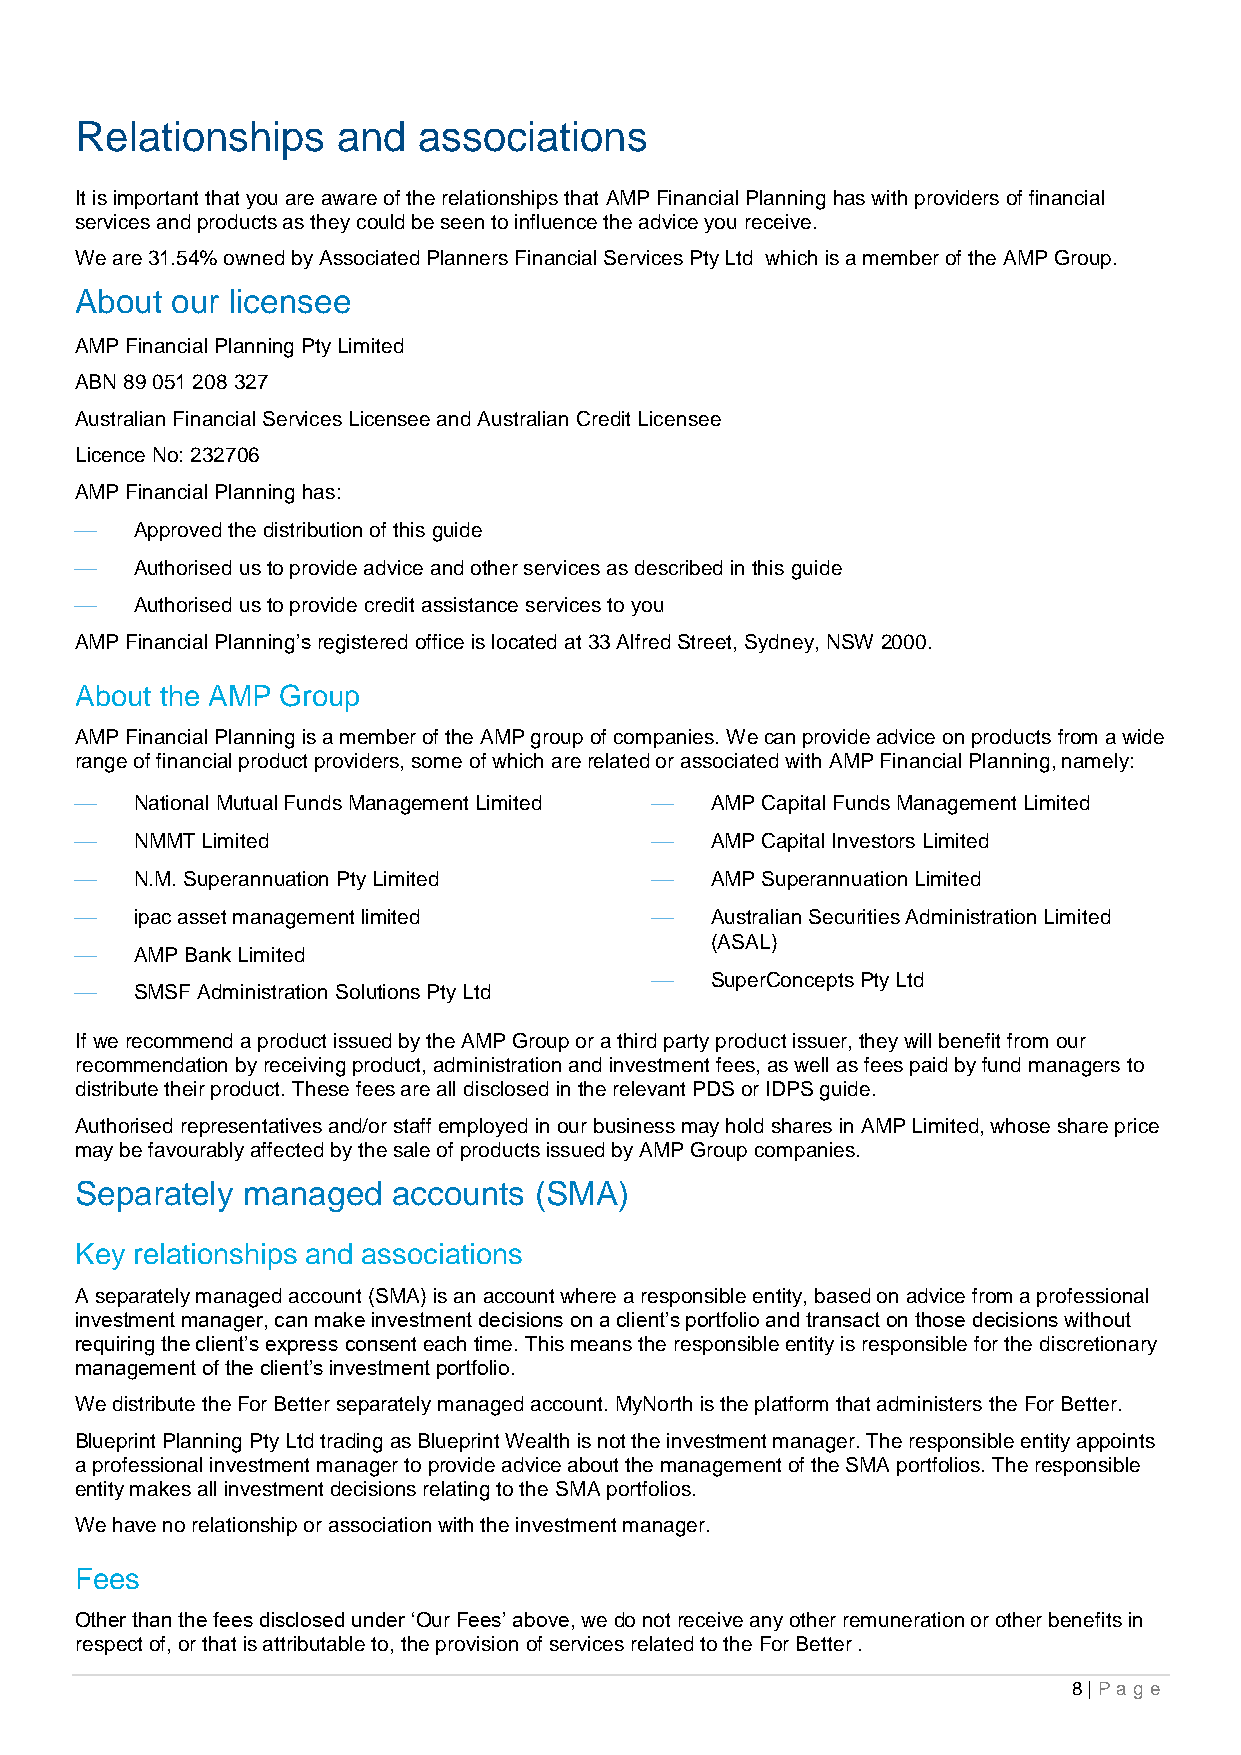
Relationships    and   associations
 It is important that you are aware of the relationships that AMP Financial Planning has with providers of financial
 services and products as they could be seen to influence the advice you receive.
 We are 31.54% owned by Associated Planners Financial Services Pty Ltd which is a member of the AMP Group.
 About our licensee
 AMP Financial Planning Pty Limited
 ABN 89 051 208 327
 Australian Financial Services Licensee and Australian Credit Licensee
 Licence No: 232706
 AMP Financial Planning has:
    Approved the distribution of this guide
    Authorised us to provide advice and other services as described in this guide
    Authorised us to provide credit assistance services to you
 AMP Financial Planning’s registered office is located at 33 Alfred Street, Sydney, NSW 2000.
 About the AMP Group
 AMP Financial Planning is a member of the AMP group of companies. We can provide advice on products from a wide
 range of financial product providers, some of which are related or associated with AMP Financial Planning, namely:
    National Mutual Funds Management Limited  AMP Capital Funds Management Limited
    NMMT Limited                         AMP Capital Investors Limited
    N.M. Superannuation Pty Limited      AMP Superannuation Limited
    ipac asset management limited        Australian Securities Administration Limited
 (ASAL)
    AMP Bank Limited
    SuperConcepts Pty Ltd
    SMSF Administration Solutions Pty Ltd
 If we recommend a product issued by the AMP Group or a third party product issuer, they will benefit from our
 recommendation by receiving product, administration and investment fees, as well as fees paid by fund managers to
 distribute their product. These fees are all disclosed in the relevant PDS or IDPS guide.
 Authorised representatives and/or staff employed in our business may hold shares in AMP Limited, whose share price
 may be favourably affected by the sale of products issued by AMP Group companies.
 Separately managed   accounts (SMA)
 Key relationships and associations
 A separately managed account (SMA) is an account where a responsible entity, based on advice from a professional
 investment manager, can make investment decisions on a client’s portfolio and transact on those decisions without
 requiring the client’s express consent each time. This means the responsible entity is responsible for the discretionary
 management of the client’s investment portfolio.
 We distribute the For Better separately managed account. MyNorth is the platform that administers the For Better.
 Blueprint Planning Pty Ltd trading as Blueprint Wealth is not the investment manager. The responsible entity appoints
 a professional investment manager to provide advice about the management of the SMA portfolios. The responsible
 entity makes all investment decisions relating to the SMA portfolios.
 We have no relationship or association with the investment manager.
 Fees
 Other than the fees disclosed under ‘Our Fees’ above, we do not receive any other remuneration or other benefits in
 respect of, or that is attributable to, the provision of services related to the For Better .
 8 | Pag e